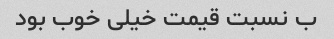
ب نسبت قیمت خیلی خوب بود